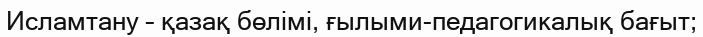
Исламтану – қазақ бөлімі, ғылыми-педагогикалық бағыт;